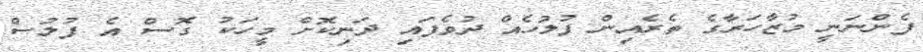
ފެންނަނީ މުޒާހަރާގެ ތެރެއިން ފުލުހެއް ދުވެފައި ދަނިކޮށް މީހަކު ގޮސް އެ ފުލުސް